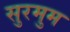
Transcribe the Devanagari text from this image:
सुरमुम